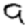
Digit: 9